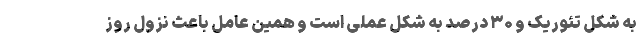
به شکل تئوریک و ۳۰ درصد به شکل عملی است و همین عامل باعث نزول روز